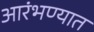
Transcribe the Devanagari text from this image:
आरंभण्यात